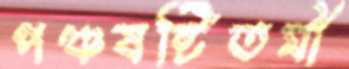
পঞ্চষষ্টিতমী